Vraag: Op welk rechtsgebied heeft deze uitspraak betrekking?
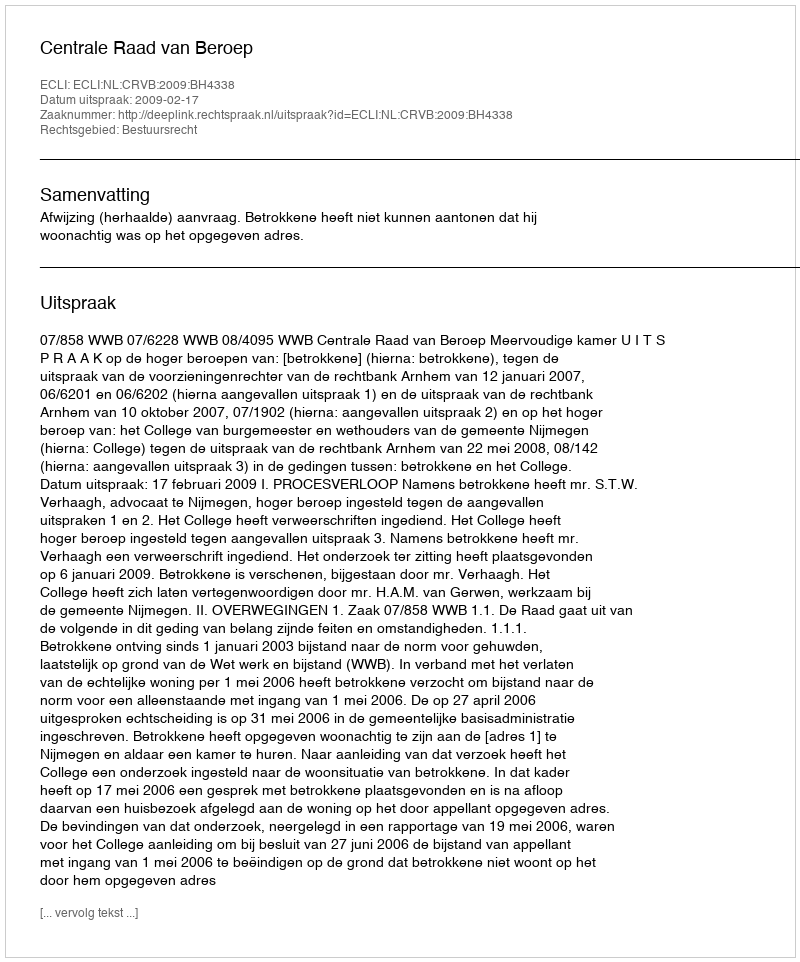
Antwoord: Bestuursrecht